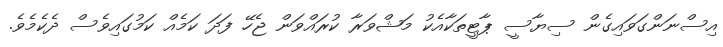
އިސްނަންގަވައިގެން ސިޔާސީ ޕާޓީތަކާއެކު މަޝްވަރާ ކުރައްވަން ޖެހޭ ފަދަ ކަމެއް ކަމުގައިވެސް ދެކެމެވެ.